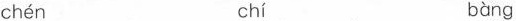
chén chí bàng